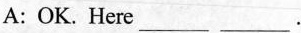
A: OK. Here___ ___.